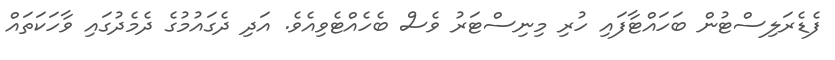
ފެޑެރަލިސްޓުން ބަހައްޓާފައި ހުރި މިނިސްޓަރު ވެސް ބެހެއްޓެވިއެވެ. އަދި ދެގައުމުގެ ދެމެދުގައި ވާހަކަތައް